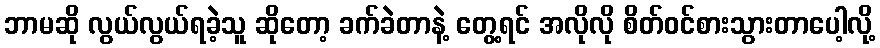
ဘာမဆို လွယ်လွယ်ရခဲ့သူ ဆိုတော့ ခက်ခဲတာနဲ့ တွေ့ရင် အလိုလို စိတ်ဝင်စားသွားတာပေါ့လို့